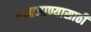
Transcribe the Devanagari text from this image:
येणाजाण्यासाठी